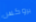
بروكس